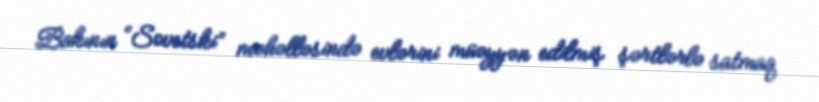
Bakının “Sovetski” məhəlləsində evlərini müəyyən edilmiş şərtlərlə satmaq